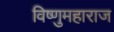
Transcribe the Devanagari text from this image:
विष्णुमहाराज